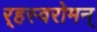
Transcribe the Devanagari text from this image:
र्‍हस्वरोमन्